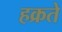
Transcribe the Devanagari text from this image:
हक्रते